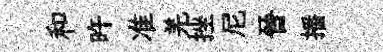
和旿准羌挫尼晉播